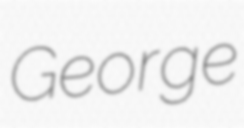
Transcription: George